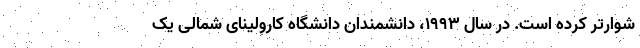
شوارتر کرده است. در سال 1993، دانشمندان دانشگاه کارولینای شمالی یک